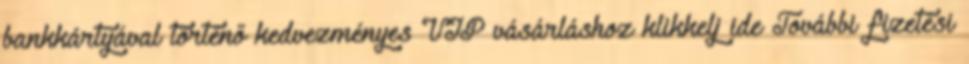
bankkártyával történő kedvezményes VIP vásárláshoz klikkelj ide További fizetési